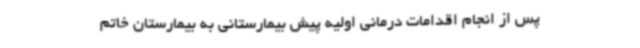
پس از انجام اقدامات درمانی اولیه پیش بیمارستانی به بیمارستان خاتم